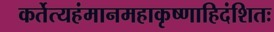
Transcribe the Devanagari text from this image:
कर्तेत्यहंमानमहाकृष्णाहिदंशितः